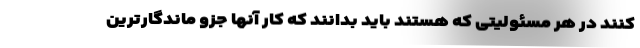
کنند در هر مسئولیتی که هستند باید بدانند که کار آنها جزو ماندگارترین